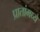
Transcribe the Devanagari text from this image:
प्रातांमध्ये